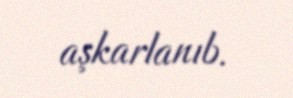
aşkarlanıb.